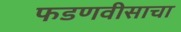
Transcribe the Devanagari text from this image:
फडणवीसाचा